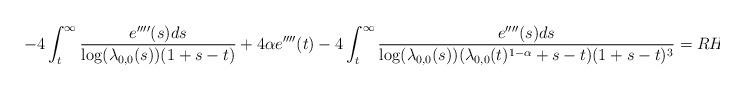
LaTeX: \begin{align*} -4 \int_{t}^{\infty} \frac{e''''(s) ds}{\log(\lambda_{0,0}(s))(1+s-t)} + 4\alpha e''''(t) - 4 \int_{t}^{\infty} \frac{e''''(s) ds}{\log(\lambda_{0,0}(s))(\lambda_{0,0}(t)^{1-\alpha}+s-t)(1+s-t)^{3}}=RHS_{4}(t)\end{align*}